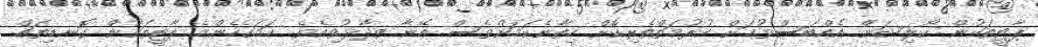
ޕާޓީތަކުން ކޯލިޝަން އެއްބަސްވުމަށް ހުރުމަތްތެރިކޮށް ހިތާނެކަމަށްވެސް އޭނާ ވިދާޅުވިއެވެ. ހަމައެހެންމެ ޕާޓީތަކުން ގޮނޑިތައް